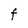
Character: F